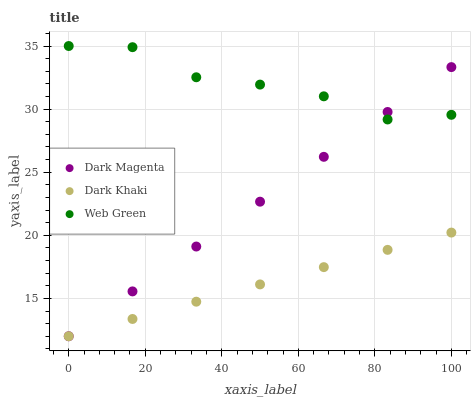
| xaxis_label | Dark Magenta | Dark Khaki | Web Green |
 | --- | --- | --- | --- |
 | 0 | 12 | 12 | 35 |
 | 16.7 | 15.6 | 13.4 | 34.9 |
 | 33.3 | 19.1 | 14.7 | 32.5 |
 | 50 | 22.7 | 16.1 | 31.9 |
 | 66.7 | 26.2 | 17.5 | 31 |
 | 83.3 | 29.8 | 18.8 | 29.2 |
 | 100 | 33.3 | 20.2 | 29.5 |